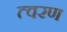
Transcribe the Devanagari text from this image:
त्‍वरण